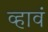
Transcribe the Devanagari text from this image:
व्‍हावं